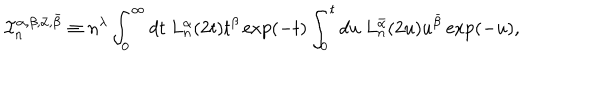
\mathcal { I } _ { n } ^ { \alpha , \beta , \bar { \alpha } , \bar { \beta } } \equiv n ^ { \lambda } \int _ { 0 } ^ { \infty } d t \ L _ { n } ^ { \alpha } ( 2 t ) t ^ { \beta } \exp ( - t ) \int _ { 0 } ^ { t } d u \ L _ { n } ^ { \bar { \alpha } } ( 2 u ) u ^ { \bar { \beta } } \exp ( - u ) ,